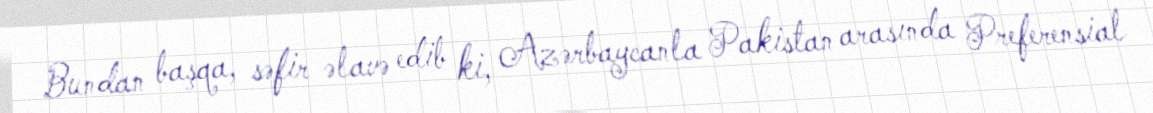
Bundan başqa, səfir əlavə edib ki, Azərbaycanla Pakistan arasında Preferensial